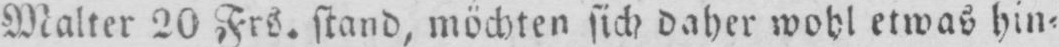
Malter 20 Frs. stand, möchten sich daher wohl etwas hin⸗